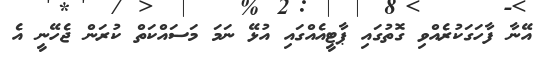
އޭނާ ފާހަގަކުރެއްވި ގޮތުގައި ޕާޓީއެއްގައި އުޅޭ ނަމަ މަސައްކަތް ކުރަން ޖެހޭނީ އެ